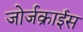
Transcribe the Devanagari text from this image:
जोर्जक्राईस